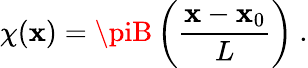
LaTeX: \chi(\mathbf{x})=\piB\left(\frac{{\mathbf{x}-\mathbf{x}_{0}}}{{L}}\right)\ .